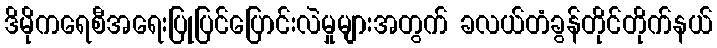
ဒိမိုကရေစီအရေးပြုပြင်ပြောင်းလဲမှုများအတွက် ခလယ်တံခွန်တိုင်တိုက်နယ်